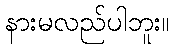
နားမလည်ပါဘူး။